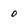
Character: 0